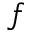
f